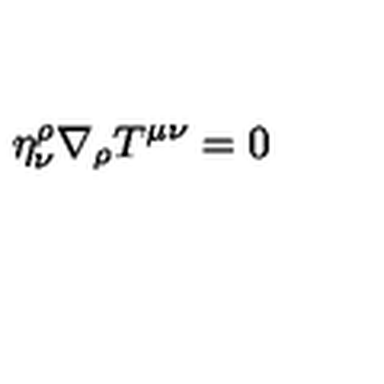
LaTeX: \eta _ { \nu } ^ { \rho } \nabla _ { \rho } T ^ { \mu \nu } = 0